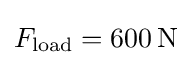
F_{\text{load}}=600\,\mathrm {N}